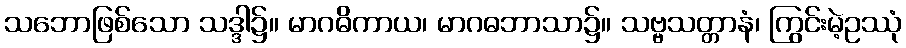
သဘောဖြစ်သော သဒ္ဒါ၌။ မာဂဓိကာယ၊ မာဂဓဘာသာ၌။ သဗ္ဗသတ္တာနံ၊ ကြွင်းမဲ့ဥဿုံ